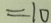
= 1 0